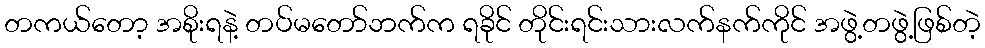
တကယ်တော့ အစိုးရနဲ့ တပ်မတော်ဘက်က ရခိုင် တိုင်းရင်းသားလက်နက်ကိုင် အဖွဲ့တဖွဲ့ဖြစ်တဲ့